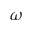
\omega